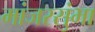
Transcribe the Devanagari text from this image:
मांजरसुंभा